Document type: Sale
Year: 1461
Scribe: [Unknown]
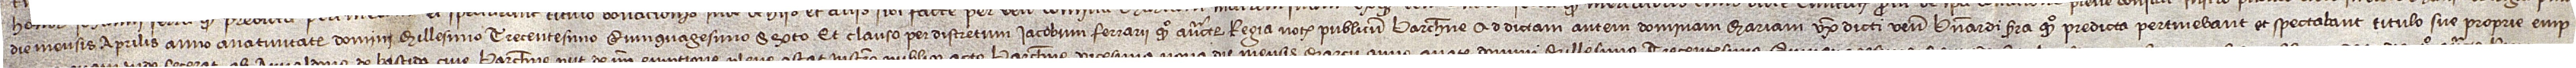
die mensis aprilis, anno a Nativitate Domini millesimo trecentesimo quinquagesimo sexto, et clauso per discretum Iacobum Ferrarii, quondam, auctoritate regia notarium publicum Barchinone. Ad dictam autem dominam Mariam, uxorem dicti venerabilis Bernardi Serra, quondam, predicta pertinebant et spectabant titulo sue proprie emp-